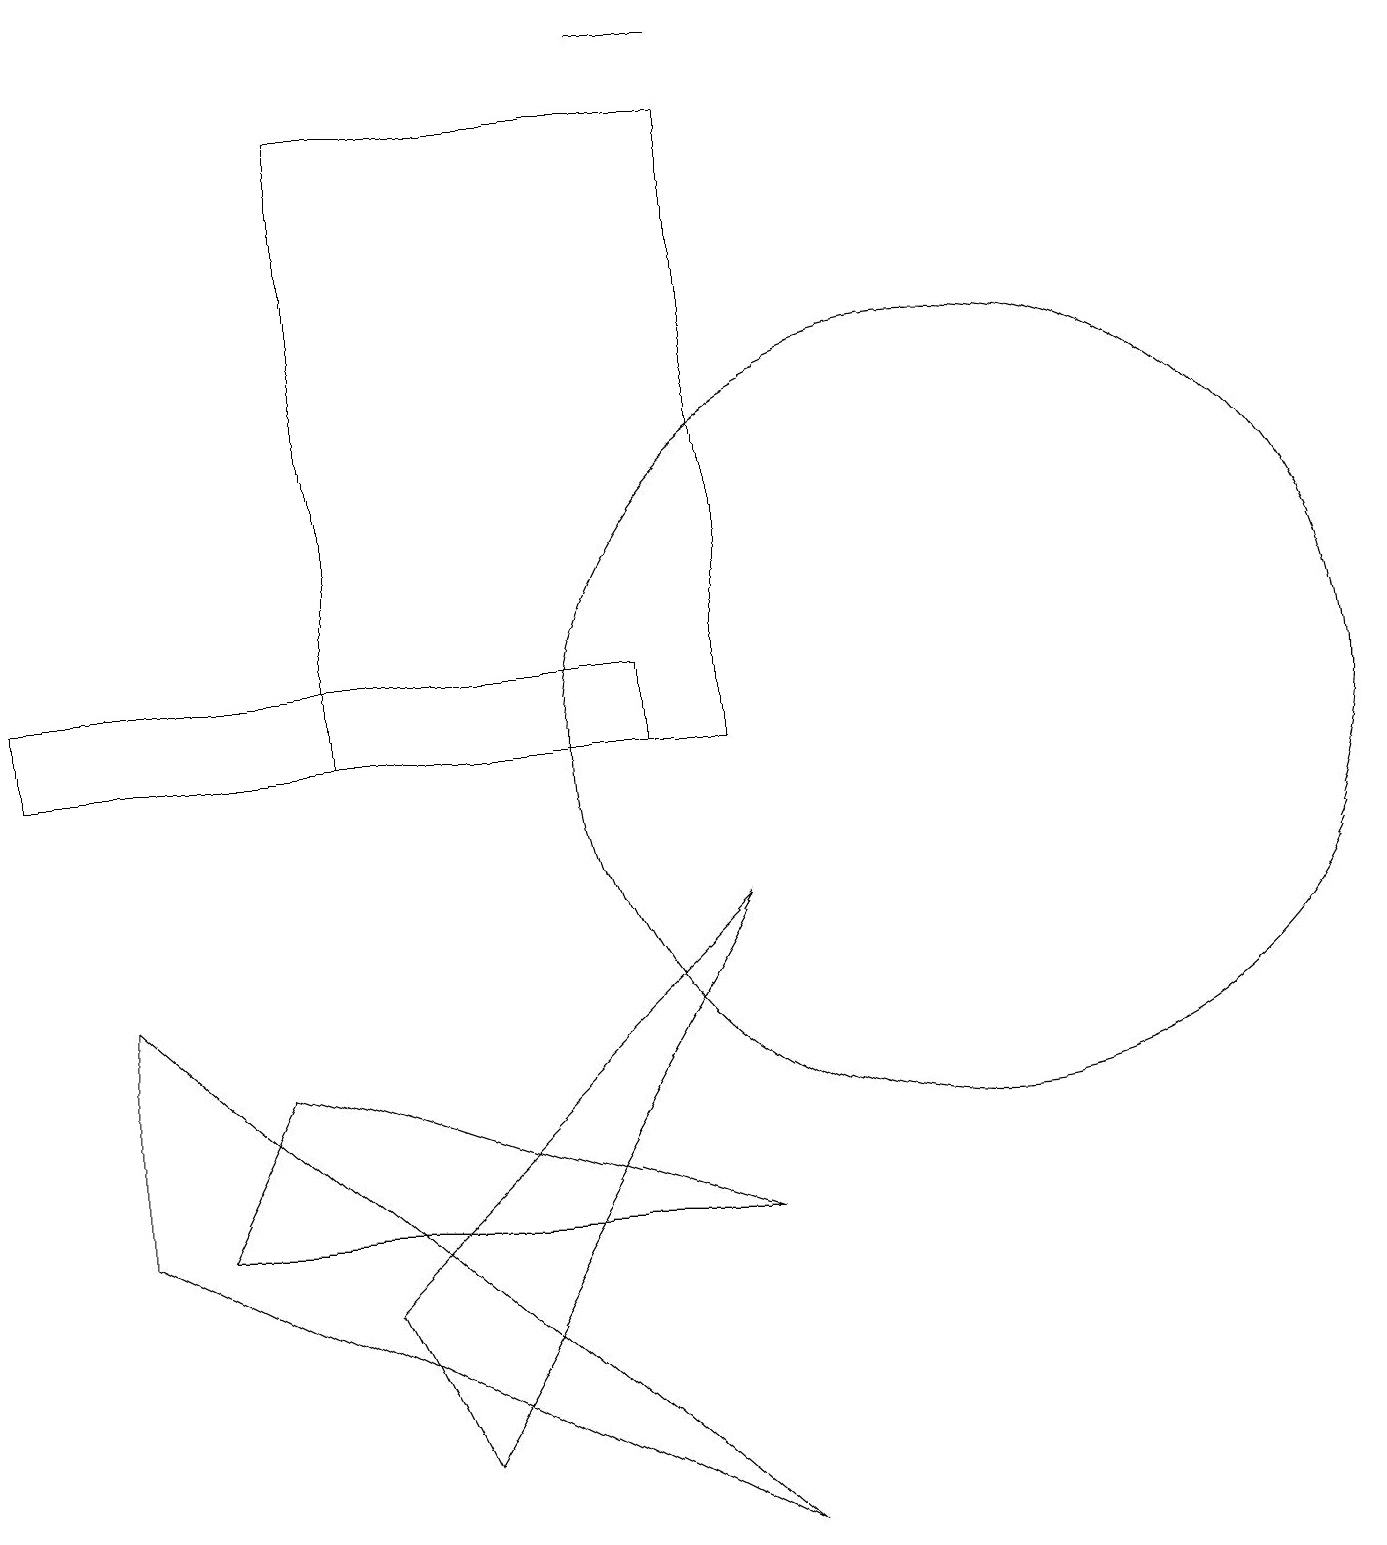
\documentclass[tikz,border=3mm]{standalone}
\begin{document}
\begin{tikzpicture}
\draw (5,1) -- (9,8) -- (4,3) -- cycle;
\draw (9,19) rectangle (8,19);
\draw (3,6) -- (9,4) -- (2,4) -- cycle;
\draw (1,7) -- (1,4) -- (9,0) -- cycle;
\draw (8,11) rectangle (0,10);
\draw (4,10) rectangle (9,18);
\draw (12,10) circle (5);
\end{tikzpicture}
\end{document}